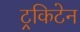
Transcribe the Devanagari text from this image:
ट्रकिटेन